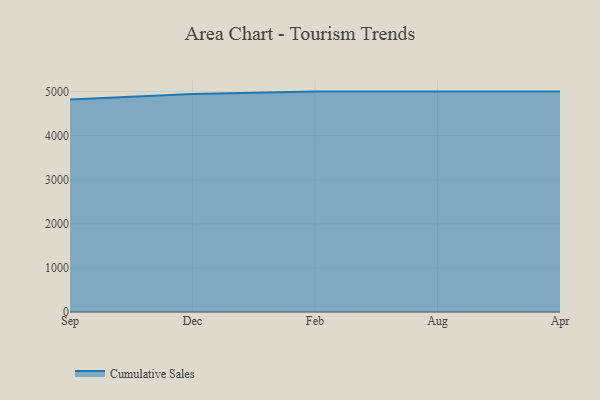
{"axis": {"x": "Month", "y": "Energy Usage (MWh)"}, "legend": ["Cumulative Sales"], "data": [{"x": "Sep", "y": 4822.9, "type": "Cumulative Sales"}, {"x": "Dec", "y": 4943.9, "type": "Cumulative Sales"}, {"x": "Feb", "y": 5000, "type": "Cumulative Sales"}, {"x": "Aug", "y": 5000, "type": "Cumulative Sales"}, {"x": "Apr", "y": 5000, "type": "Cumulative Sales"}]}